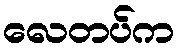
လေတပ်က